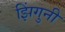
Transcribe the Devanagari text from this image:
झिंगुनी